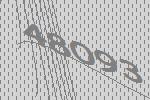
48093